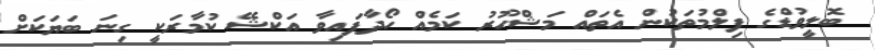
ބޮލީވުޑްގެ ފިލްމުތަކުން އެތައް މަޝްހޫރު ކަމެއް ހޯދާފައިވާ އަކްޝޭ ކުމާރަކީ ގިނަ ބަޔަކަށް